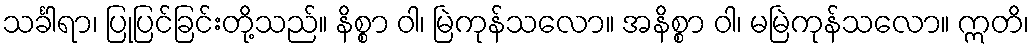
သင်္ခါရာ၊ ပြုပြင်ခြင်းတို့သည်။ နိစ္စာ ဝါ၊ မြဲကုန်သလော။ အနိစ္စာ ဝါ၊ မမြဲကုန်သလော။ ဣတိ၊